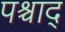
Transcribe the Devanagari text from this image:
पश्चाद्